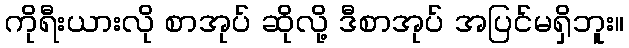
ကိုရီးယားလို စာအုပ် ဆိုလို့ ဒီစာအုပ် အပြင်မရှိဘူး။